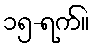
၁၅-ရက်။